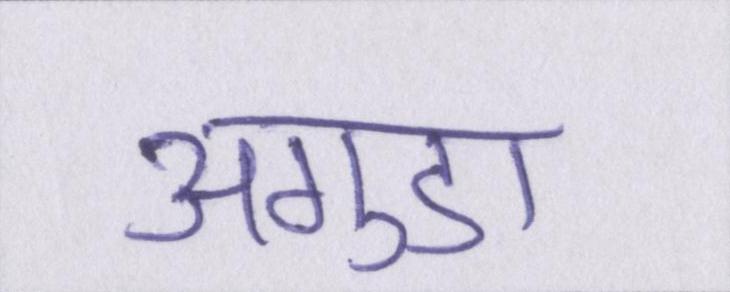
अगुडा